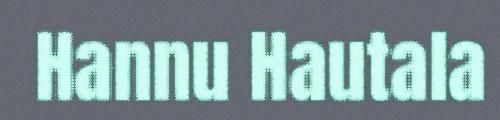
Hannu Hautala